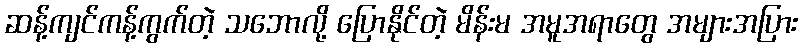
ဆန့်ကျင်ကန့်ကွက်တဲ့ သဘောလို့ ပြောနိုင်တဲ့ မိန်းမ အမူအရာတွေ အများအပြား